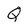
Character: Q